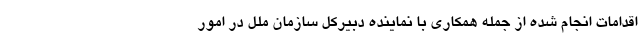
اقدامات انجام شده از جمله همکاری با نماینده دبیرکل سازمان ملل در امور